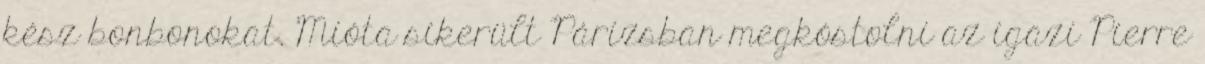
kész bonbonokat. Mióta sikerült Párizsban megkóstolni az igazi Pierre